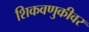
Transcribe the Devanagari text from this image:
शिकवणुकीवर